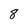
Character: 8